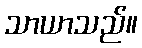
သာယာသည်။